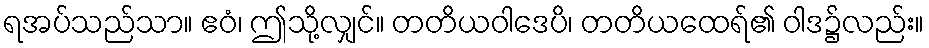
ရအပ်သည်သာ။ ဧဝံ၊ ဤသို့လျှင်။ တတိယဝါဒေပိ၊ တတိယထေရ်၏ ဝါဒ၌လည်း။